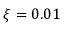
\xi = 0 . 0 1